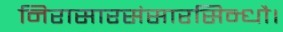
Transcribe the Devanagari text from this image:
निरासारसंसारसिन्धौ।